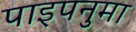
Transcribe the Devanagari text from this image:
पाइपनुमा